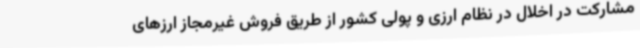
مشارکت در اخلال در نظام ارزی و پولی کشور از طریق فروش غیرمجاز ارزهای